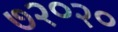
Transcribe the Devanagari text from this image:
७२०२०